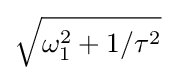
{\sqrt {\omega _{1}^{2}+1/\tau ^{2}}}